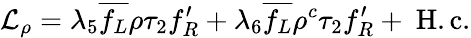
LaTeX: {\cal L}_{\rho}=\lambda_{5}\overline{{{f_{L}}}}\rho\tau_{2}{f_{R}^{\prime}}+\lambda_{6}\overline{{{f_{L}}}}\rho^{c}\tau_{2}{f_{R}^{\prime}}+\mathrm{~H.c.}